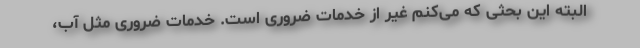
البته این بحثی که می‌کنم غیر از خدمات ضروری است. خدمات ضروری مثل آب،